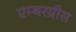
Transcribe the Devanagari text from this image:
एम्बरग्रीस